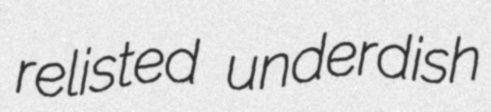
relisted underdish